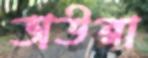
ভাউরা